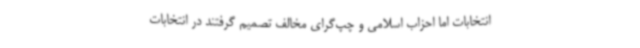
انتخابات اما احزاب اسلامی و چپ‌گرای مخالف تصمیم گرفتند در انتخابات